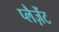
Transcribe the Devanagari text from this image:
प्लैज़ेंट